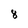
Character: 8